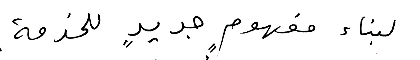
لبناء مفهومٍ جديدٍ للخدمة